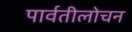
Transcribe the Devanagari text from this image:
पार्वतीलोचन